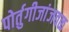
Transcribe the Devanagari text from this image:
पोर्तुगीजांजवळ